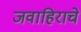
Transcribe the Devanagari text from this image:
जवाहिराचे